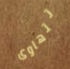
تتهاوى